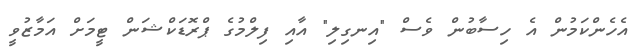
އެހެންކަމުން އެ ހިސާބުން ވެސް "އިނގިލި" އާއި ފިލްމުގެ ޕްރޮޑަކްޝަން ޓީމަށް އަމާޒުވީ